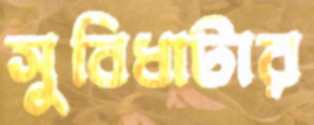
সুবিধাটার